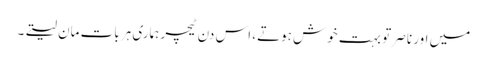
میں اور ناصر تو بہت خوش ہوتے، اس دن ٹیچر ہماری ہر بات مان لیتے۔